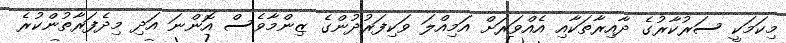
މިކަމަކީ ސަރުކާރުގެ ދާއިރާތަކާއި އެއްވަރަށް އަމިއްލަ ވަކިފަރުދުންގެ ޒިންމާވެސް އޮންނަ އަދި މިދެފަރާތުންކުރެ